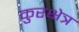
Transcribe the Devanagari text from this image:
कुरक्षेत्र